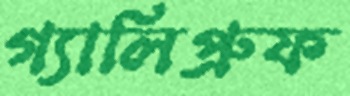
গ্যালিপ্রুফ